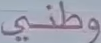
وطني